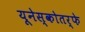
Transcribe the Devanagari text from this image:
यूनेस्कोतर्फे